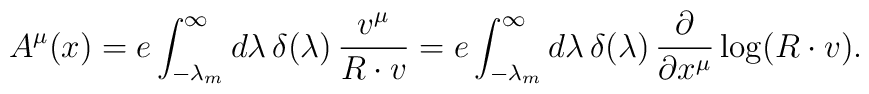
A^\mu(x)=e\int^{\infty}_{-\lambda_m} d\lambda\,\delta(\lambda)\,\frac{v^\mu}{R\cdot v}=e\int^{\infty}_{-\lambda_m} d\lambda\,\delta(\lambda)\,\frac{\partial}{\partial x^\mu} \log ({R\cdot v}).